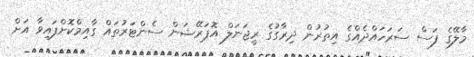
މާލޭގެ ފަސް ސަރަހައްދެއްގެ އިތުރުން ދިރާގުގެ ރީޖަނަލް އޮޕަރޭޝަން ސެންޓަރުތައް ގާއިމްކޮށްފައިވާ އަށް